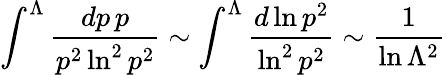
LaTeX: \int^{\Lambda}{\frac{dp\, p}{p^{2}\ln^{2}p^{2}}}\sim\int^{\Lambda}{\frac{d\ln p^{2}}{\ln^{2}p^{2}}}\sim{\frac{1}{\ln\Lambda^{2}}}